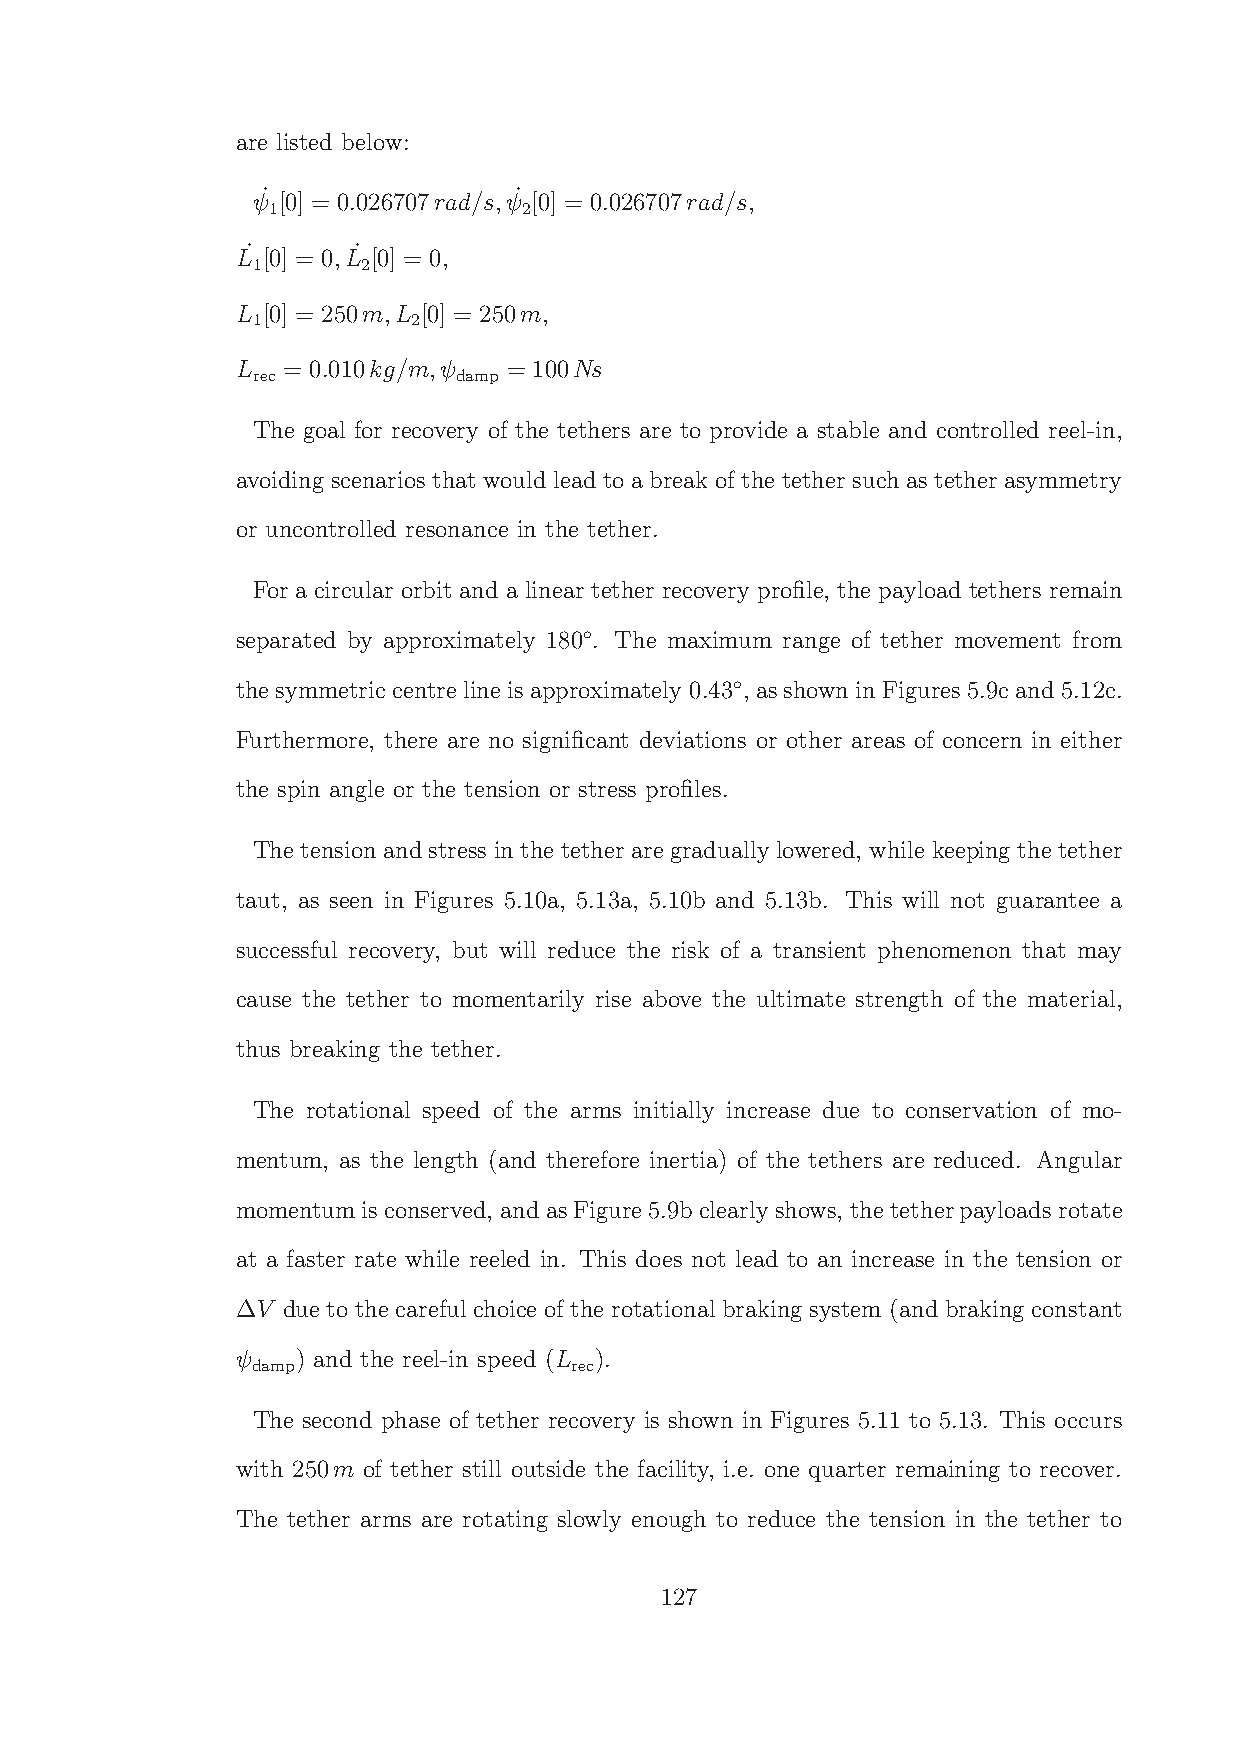
are listed below:
 ˙                ˙
 ψ [0] = 0.026707rad/s,ψ [0] = 0.026707rad/s,
 1                2
 L˙ [0] = 0,L˙ [0] = 0,
 1      2
 L [0] = 250m,L [0] = 250m,
 1         2
 L  = 0.010kg/m,ψ  = 100Ns
 rec          damp
 The goal for recovery of the tethers are to provide a stable and controlled reel-in,
 avoiding scenarios that would lead to a break of the tether such as tether asymmetry
 or uncontrolled resonance in the tether.
 For a circular orbit and a linear tether recovery profile, the payload tethers remain
 ◦
 separated by approximately 180 . The maximum range of tether movement from
 ◦
 thesymmetric centre line isapproximately 0.43 , asshown in Figures5.9cand5.12c.
 Furthermore, there are no significant deviations or other areas of concern in either
 the spin angle or the tension or stress profiles.
 The tension andstress inthe tether aregradually lowered, while keeping the tether
 taut, as seen in Figures 5.10a, 5.13a, 5.10b and 5.13b. This will not guarantee a
 successful recovery, but will reduce the risk of a transient phenomenon that may
 cause the tether to momentarily rise above the ultimate strength of the material,
 thus breaking the tether.
 The rotational speed of the arms initially increase due to conservation of mo-
 mentum, as the length (and therefore inertia) of the tethers are reduced. Angular
 momentum isconserved, andasFigure5.9bclearlyshows, thetetherpayloadsrotate
 at a faster rate while reeled in. This does not lead to an increase in the tension or
 ∆V due to the careful choice of the rotational braking system (and braking constant
 ψ   ) and the reel-in speed (L ).
 damp                 rec
 The second phase of tether recovery is shown in Figures 5.11 to 5.13. This occurs
 with 250m of tether still outside the facility, i.e. one quarter remaining to recover.
 The tether arms are rotating slowly enough to reduce the tension in the tether to
 127